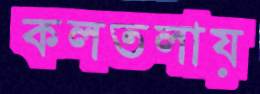
কলতলায়